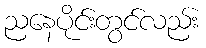
ညနေပိုင်းတွင်လည်း